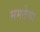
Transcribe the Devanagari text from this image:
ममतेचा